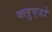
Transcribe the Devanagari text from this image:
क्लुएडो